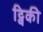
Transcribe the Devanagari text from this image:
ट्विकी